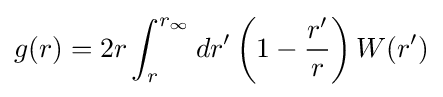
g(r)=2r\int _{r}^{r_{\infty }}dr'\left(1-{\frac {r^{\prime }}{r}}\right)W(r^{\prime })